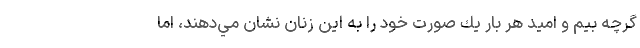
گرچه بيم و اميد هر بار يك صورت خود را به اين زنان نشان مي‌دهند، اما